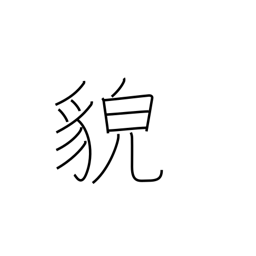
Meaning: countenance